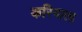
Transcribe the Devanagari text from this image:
करियाला